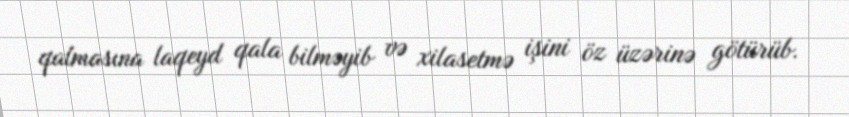
qalmasına laqeyd qala bilməyib və xilasetmə işini öz üzərinə götürüb.